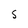
Character: S